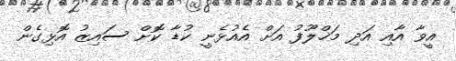
އީވާ އާއި އަދި މަޚްލޫފު އަށް އެއުޅެނީ ކުޑާ ކޮށް ސައިޒު އޮޅިގެން